Annual report of the Punjab Veterinary College and of the Civil Veterinary Department, Punjab - 1920-1925
Year: 1920
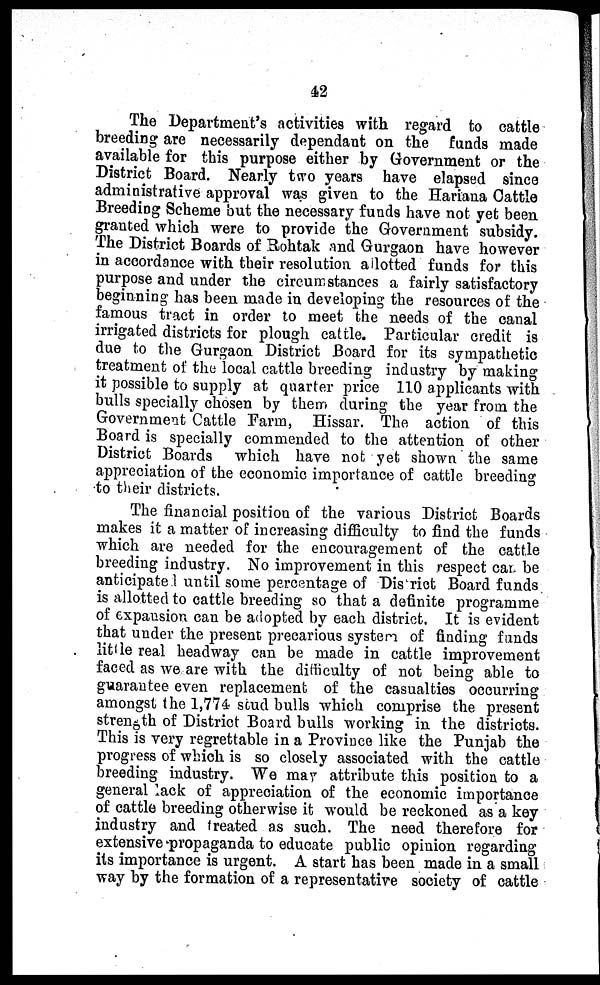
42
The Department's activities with regard to cattle
breeding are necessarily dependant on the funds made
available for this purpose either by Government or the
District Board. Nearly two years have elapsed since
administrative approval was given to the Hariana Cattle
Breeding Scheme but the necessary funds have not yet been
granted which were to provide the Government subsidy.
The District Boards of Rohtak and Gurgaon have however
in accordance with their resolution allotted funds for this
purpose and under the circumstances a fairly satisfactory
beginning has been made in developing the resources of the
famous tract in order to meet the needs of the canal
irrigated districts for plough cattle. Particular credit is
due to the Gurgaon District Board for its sympathetic
treatment of the local cattle breeding industry by making
it possible to supply at quarter price 110 applicants with
bulls specially chosen by them during the year from the
Government Cattle Farm, Hissar. The action of this
Board is specially commended to the attention of other
District Boards which have not yet shown the same
appreciation of the economic importance of cattle breeding
to their districts.
The financial position of the various District Boards
makes it a matter of increasing difficulty to find the funds
which are needed for the encouragement of the cattle
breeding industry. No improvement in this respect can be
anticipate 1 until some percentage of District Board funds
is allotted to cattle breeding so that a definite programme
of expansion can be adopted by each district. It is evident
that under the present precarious system of finding funds
little real headway can be made in cattle improvement
faced as we are with the difficulty of not being able to
guarantee even replacement of the casualties occurring
amongst the 1,774 scud bulls which comprise the present
strength of District Board bulls working in the districts.
This is very regrettable in a Province like the Punjab the
progress of which is so closely associated with the cattle
breeding industry. We may attribute this position to a
general lack of appreciation of the economic importance
of cattle breeding otherwise it would be reckoned as a key
industry and treated as such. The need therefore for
extensive propaganda to educate public opinion regarding
its importance is urgent. A start has been made in a small
way by the formation of a representative society of cattle